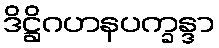
ဒိဋ္ဌိဂဟနပက္ခန္ဒာ